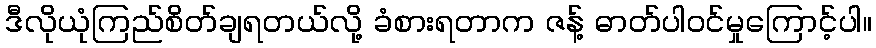
ဒီလိုယုံကြည်စိတ်ချရတယ်လို့ ခံစားရတာက ဇန့် ဓာတ်ပါဝင်မှုကြောင့်ပါ။